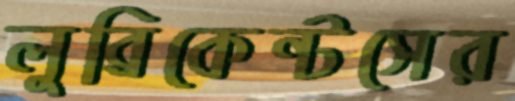
লুব্রিকেন্টসের